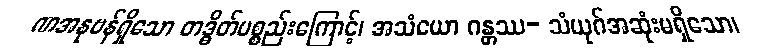
ဏအနုဗန်ရှိသော တဒ္ဓိတ်ပစ္စည်းကြောင့်၊ အသံယော ဂန္တဿ- သံယုဂ်အဆုံးမရှိသော၊